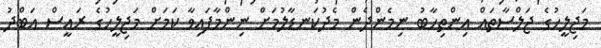
މަޖިލީހުގެ ޖަލްސާތައް އިންތިހާބު ނިމެންދެން މެދުކަނޑާލުމަށް ނިންމާފައިވާ ކަމަށް މަޖިލީހުގެ ރައީސް އަބްދު